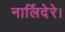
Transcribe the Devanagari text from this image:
नार्लिदेरे।